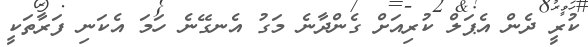
ކުރީ ދެން އެޕަލް ކުރިއަށް ގެންދާނެ މަގު އެނގޭނެ ހަމަ އެކަނި ފަރާތަކީ